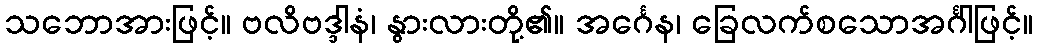
သဘောအားဖြင့်။ ဗလိဗဒ္ဒါနံ၊ နွားလားတို့၏။ အင်္ဂေန၊ ခြေလက်စသောအင်္ဂါဖြင့်။